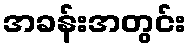
အခန်းအတွင်း